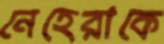
নেহেরাকে